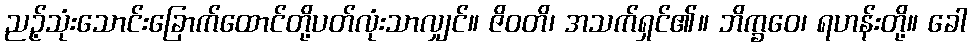
ညဉ့်သုံးသောင်းခြောက်ထောင်တို့ပတ်လုံးသာလျှင်။ ဇိဝတိ၊ အသက်ရှင်၏။ ဘိက္ခဝေ၊ ရဟန်းတို့။ ခေါ